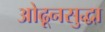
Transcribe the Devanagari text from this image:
ओढूनसुद्धा